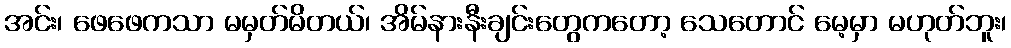
အင်း၊ ဖေဖေကသာ မမှတ်မိတယ်၊ အိမ်နားနီးချင်းတွေကတော့ သေတောင် မေ့မှာ မဟုတ်ဘူး၊